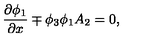
\frac { \partial \phi _ { 1 } } { \partial x } \mp \phi _ { 3 } \phi _ { 1 } A _ { 2 } = 0 ,